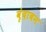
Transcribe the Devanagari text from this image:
वृंदाबन